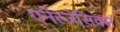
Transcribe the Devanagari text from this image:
एनेल्जेसिक्स